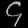
Digit: ၄